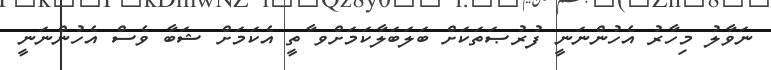
ނަވާލު މިހާރު އެހުންނަނީ ފުރުޞަތަކަށް ބަލަބަލާކަމަށްވ ާތީ އެކަމަށް ޝަބާ ވެސް އެހުންނަނީ